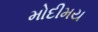
મોદીમય